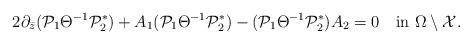
LaTeX: \begin{align*}2\partial_{\bar z}(\mathcal P_1\Theta^{-1}{\mathcal P_2^*})+A_1(\mathcal P_1\Theta^{-1}{\mathcal P_2^*})-(\mathcal P_1\Theta^{-1}{\mathcal P_2^*})A_2=0\quad\mbox{in}\,\,\Omega \setminus \mathcal X.\end{align*}